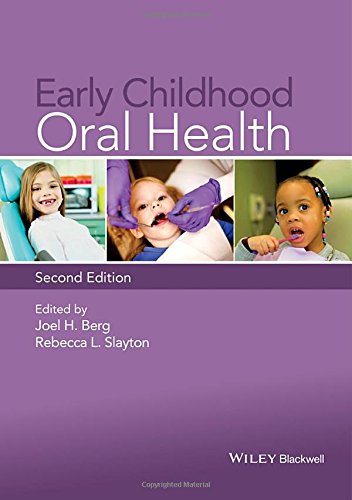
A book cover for Early Childhood Oral Health; Joel H. Berg; Medical Books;